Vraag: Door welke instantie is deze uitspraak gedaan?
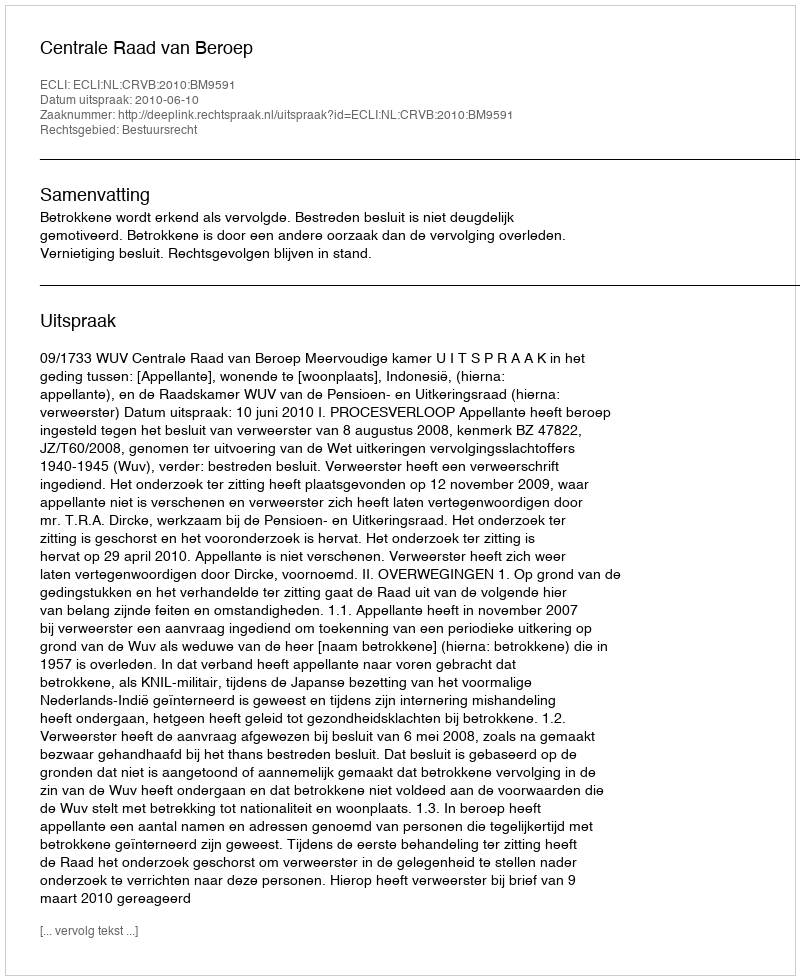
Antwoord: Centrale Raad van Beroep